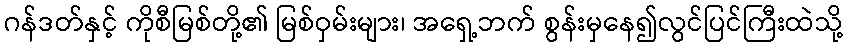
ဂန်ဒတ်နှင့် ကိုစီမြစ်တို့၏ မြစ်ဝှမ်းများ၊ အရှေ့ဘက် စွန်းမှနေ၍လွင်ပြင်ကြီးထဲသို့